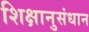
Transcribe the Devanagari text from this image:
शिक्षानुसंधान